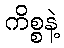
ကိစ္စနဲ့